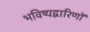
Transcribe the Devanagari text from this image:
भविष्यद्वारिणों